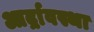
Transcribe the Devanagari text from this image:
आर्द्रावस्था